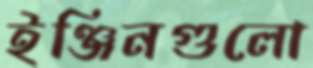
ইঞ্জিনগুলো